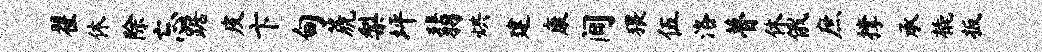
翟休除忘踞皮卞甸篪梨坪翡烘建康间猥伍洛瞢休俄庶撑承橇扳